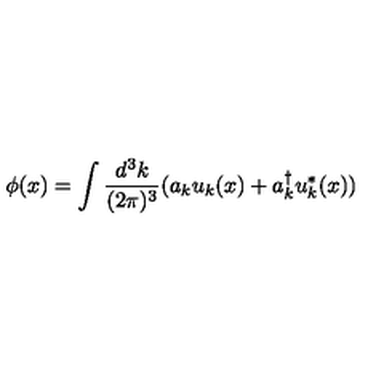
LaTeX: \phi ( x ) = \int \frac { d ^ { 3 } k } { ( 2 \pi ) ^ { 3 } } ( a _ { k } u _ { k } ( x ) + a _ { k } ^ { \dagger } u _ { k } ^ { * } ( x ) )